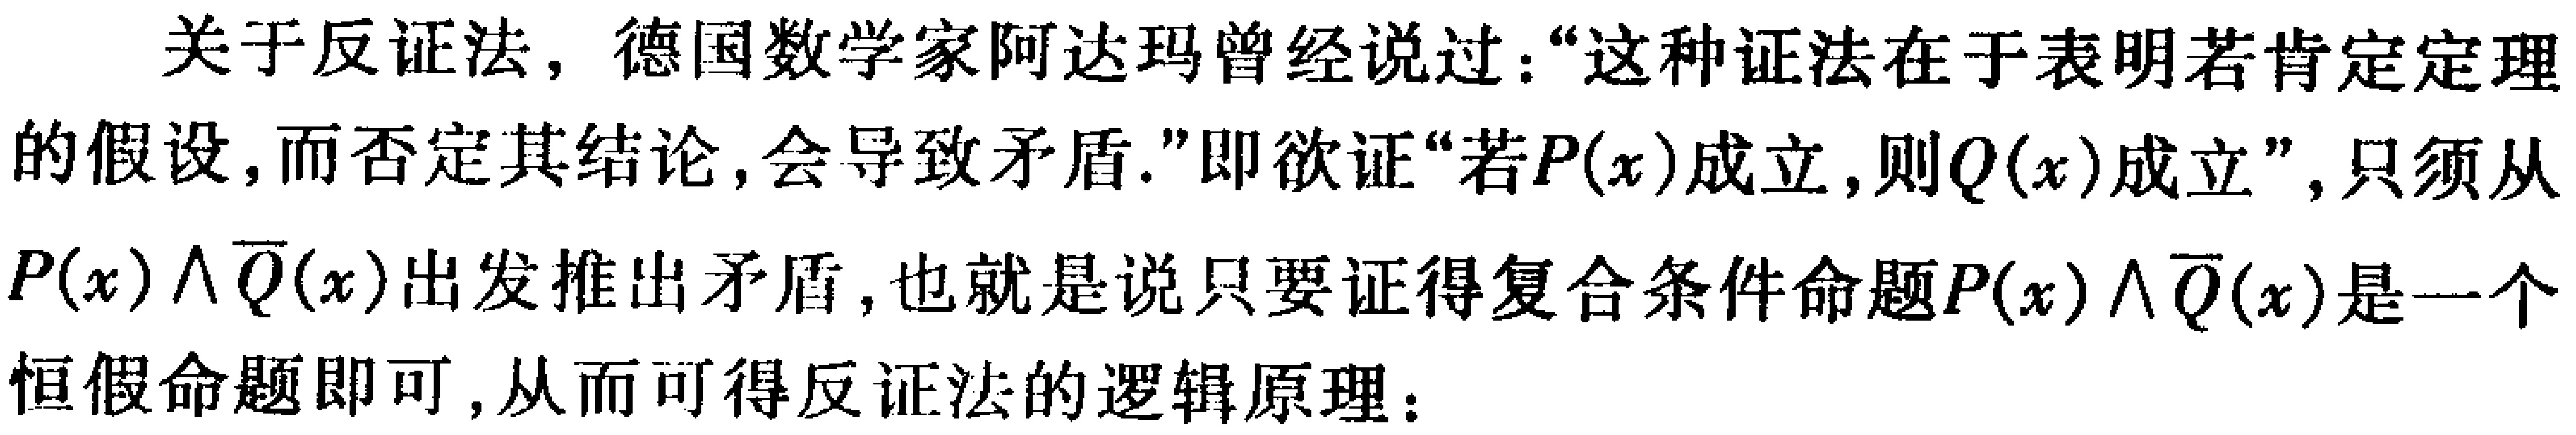
关于反证法，德国数学家阿达玛曾经说过：“这种证法在于表明若肯定定理的假设，而否定其结论，会导致矛盾.”即欲证“若\(P(x)\)成立，则\(Q(x)\)成立”，只须从\(P(x)\land\overline{Q}(x)\)出发推出矛盾，也就是说只要证得复合条件命题\(P(x)\land\overline{Q}(x)\)是一个恒假命题即可，从而可得反证法的逻辑原理：